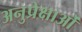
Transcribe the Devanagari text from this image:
अनुप्रेक्षाओं